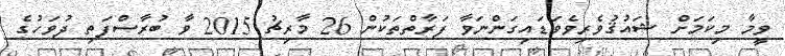
ވީމާ މިކަމަށް ޝައުޤުވެރިވެވަޑައިގަންނަވާ ފަރާތްތަކުން 26 މާރިޗު 2015 ވާ ބުރާސްފަތި ދުވަހުގެ